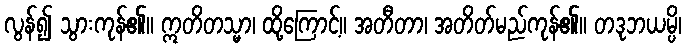
လွန်၍ သွားကုန်၏။ ဣတိတသ္မာ၊ ထို့ကြောင့်။ အတီတာ၊ အတိတ်မည်ကုန်၏။ တဒုဘယမ္ပိ၊